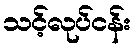
သင့်လုပ်ငန်း